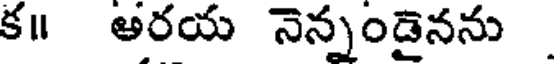
క॥ అరయ నెన్నండైనను